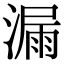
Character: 漏